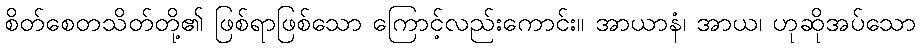
စိတ်စေတသိတ်တို့၏ ဖြစ်ရာဖြစ်သော ကြောင့်လည်းကောင်း။ အာယာနံ၊ အာယ၊ ဟုဆိုအပ်သော